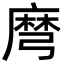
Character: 𪎔